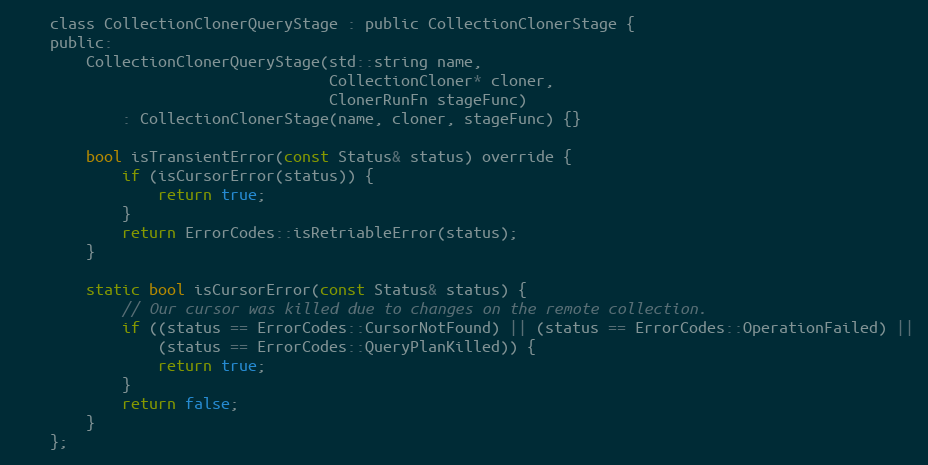
Language: C
    class CollectionClonerQueryStage : public CollectionClonerStage {
    public:
        CollectionClonerQueryStage(std::string name,
                                   CollectionCloner* cloner,
                                   ClonerRunFn stageFunc)
            : CollectionClonerStage(name, cloner, stageFunc) {}

        bool isTransientError(const Status& status) override {
            if (isCursorError(status)) {
                return true;
            }
            return ErrorCodes::isRetriableError(status);
        }

        static bool isCursorError(const Status& status) {
            // Our cursor was killed due to changes on the remote collection.
            if ((status == ErrorCodes::CursorNotFound) || (status == ErrorCodes::OperationFailed) ||
                (status == ErrorCodes::QueryPlanKilled)) {
                return true;
            }
            return false;
        }
    };